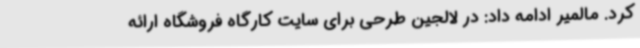
کرد. مالمیر ادامه داد: در لالجین طرحی برای سایت کارگاه فروشگاه ارائه